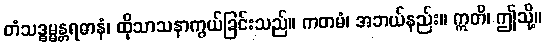
တံသဒ္ဓမ္မန္တရဓာနံ၊ ထိုသာသနာကွယ်ခြင်းသည်။ ကတမံ၊ အဘယ်နည်း။ ဣတိ၊ ဤသို့။